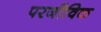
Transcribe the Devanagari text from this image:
परजीविक